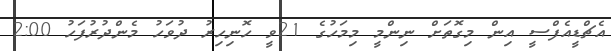
އެޗްޑީއެފްސީ އިން މިގޮތަށް ނިންމީ މިމަހުގެ 21ވީ ހޮނިހިރު ދުވަހު މެންދުރުފަހު 2:00